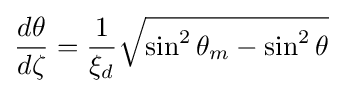
{\frac {d\theta }{d\zeta }}={\frac {1}{\xi _{d}}}{\sqrt {\sin ^{2}{\theta _{m}}-\sin ^{2}{\theta }}}